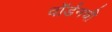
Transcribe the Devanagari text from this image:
वॉर्डनची